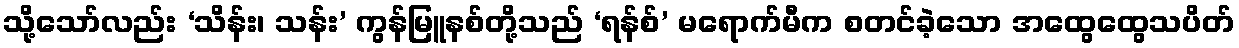
သို့သော်လည်း ‘သိန်း၊ သန်း’ ကွန်မြူနစ်တို့သည် ‘ရန်စ်’ မရောက်မီက စတင်ခဲ့သော အထွေထွေသပိတ်